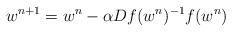
LaTeX: \begin{align*} w^{n+1} = w^{n} - \alpha Df(w^n)^{-1}f(w^n)\end{align*}